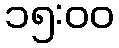
၁၅:၀၀